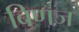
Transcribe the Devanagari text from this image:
बिणज